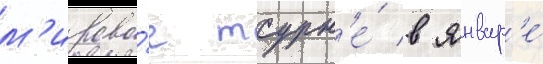
м'ирово́е турн'е́ в январ'е́